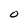
Character: O